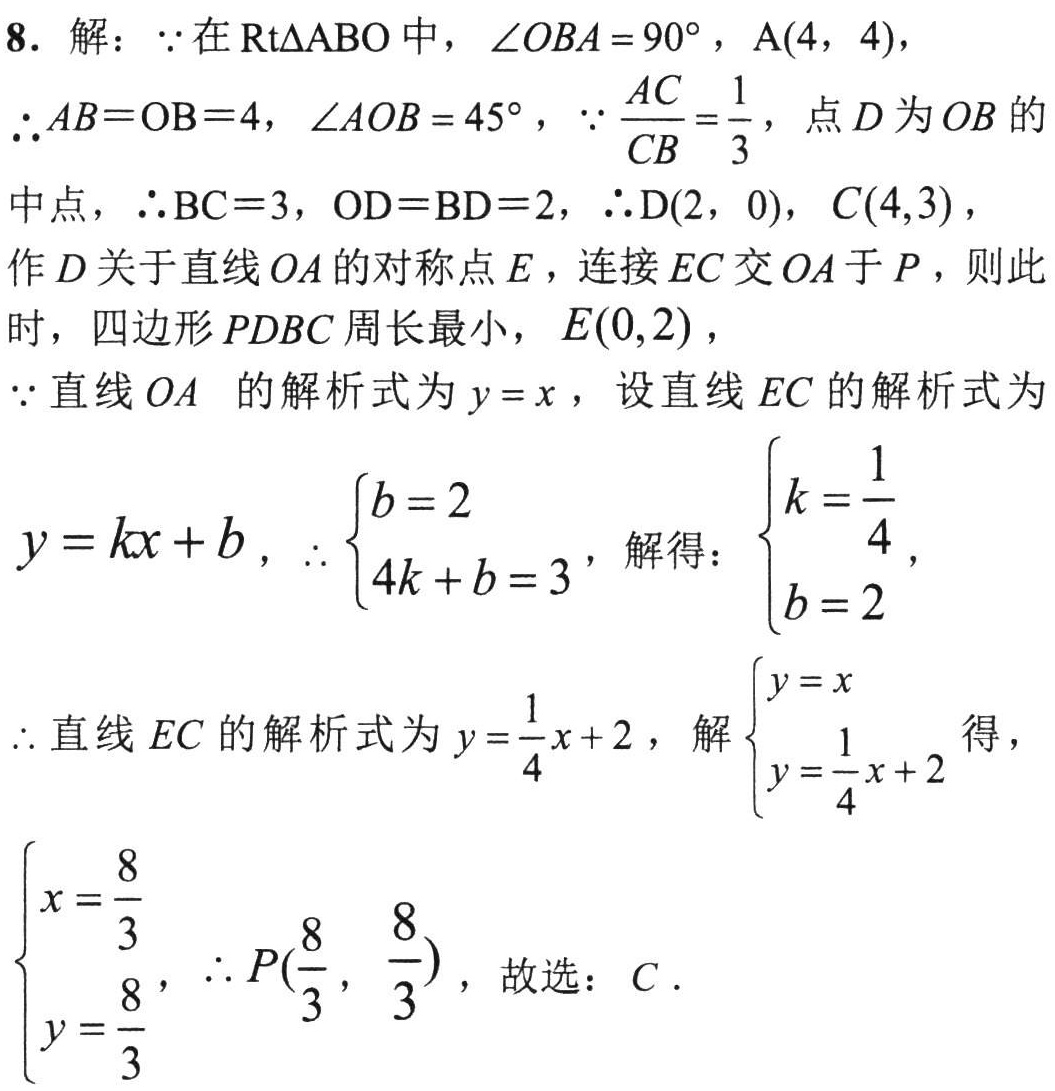
8. 解：\(\because\) 在\(\text{Rt}\triangle ABO\)中，\(\angle OBA = 90^{\circ}\)，\(A(4, \ 4)\)，
\(\therefore AB = OB = 4\)，\(\angle AOB = 45^{\circ}\)，\(\because\frac{AC}{CB}=\frac{1}{3}\)，点\(D\)为\(OB\)的
中点，\(\therefore BC = 3\)，\(OD = BD = 2\)，\(\therefore D(2, \ 0)\)，\(C(4,3)\)，
作\(D\)关于直线\(OA\)的对称点\(E\)，连接\(EC\)交\(OA\)于\(P\)，则此
时，四边形\(PDBC\)周长最小，\(E(0,2)\)，
\(\because\) 直线\(OA\) 的解析式为\(y = x\)，设直线\(EC\)的解析式为
\(y = kx + b\)，\(\therefore\begin{cases}b = 2\\4k + b = 3\end{cases}\)，解得：\(\begin{cases}k=\frac{1}{4}\\b = 2\end{cases}\)，
\(\therefore\) 直线\(EC\)的解析式为\(y=\frac{1}{4}x + 2\)，解\(\begin{cases}y = x\\y=\frac{1}{4}x + 2\end{cases}\)得，
\(\begin{cases}x=\frac{8}{3}\\y=\frac{8}{3}\end{cases}\)，\(\therefore P(\frac{8}{3}, \ \frac{8}{3})\)，故选：\(C\).